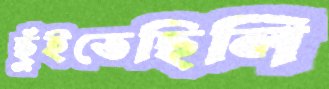
ছুঁইতেছিলি